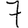
Digit: 7